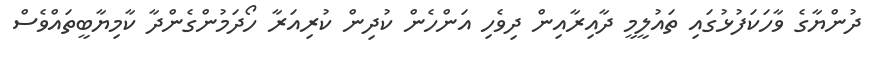
ދުންޔާގެ ވާހަކަފުޅުގައި ތައުލީމީ ދާއިރާއިން ދިވެހި އަންހެން ކުދިން ކުރިއަރާ ހޯދަމުންގެންދާ ކާމިޔާބީތައްވެސް